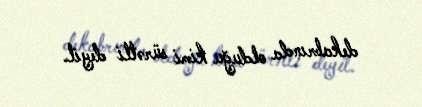
dekabrında olduğu kimi sürətli deyil.